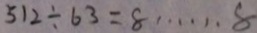
5 1 2 \div 6 3 = 8 \cdots 8